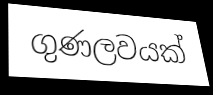
ගුණලවයක්